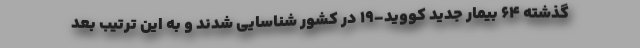
گذشته ۶۴ بیمار جدید کووید-۱۹ در کشور شناسایی شدند و به این ترتیب بعد